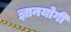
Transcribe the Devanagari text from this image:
ज्ञानयोगी